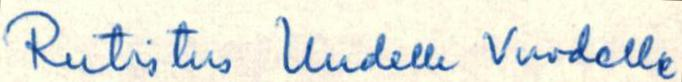
Rutistus Uudelle Vuodelle